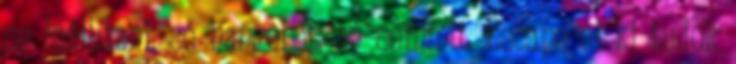
se leállítani, se hangerőt, se semmit. Escape-el ki tudok